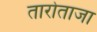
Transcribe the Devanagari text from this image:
तारोताजा